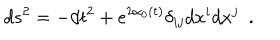
LaTeX: d s ^ { 2 } = - d t ^ { 2 } + e ^ { 2 \alpha _ { 0 } ( t ) } \delta _ { i j } d x ^ { i } d x ^ { j } \ \ .